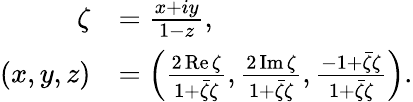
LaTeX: {\begin{array}{rl}{\zeta}&{={\frac{x+iy}{1-z}},}\\ {(x,y,z)}&{=\left({\frac{2\operatorname{Re}\zeta}{1+{\bar{\zeta}}\zeta}},{\frac{2\operatorname{Im}\zeta}{1+{\bar{\zeta}}\zeta}},{\frac{-1+{\bar{\zeta}}\zeta}{1+{\bar{\zeta}}\zeta}}\right).}\end{array}}